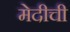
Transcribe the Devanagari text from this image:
मेदीची